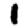
Digit: 1